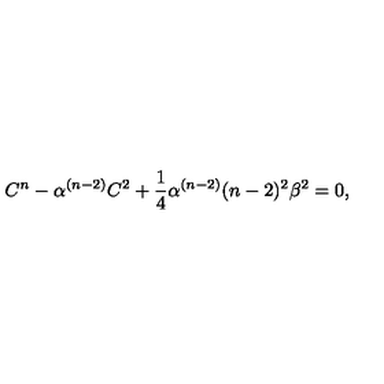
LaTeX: C ^ { n } - \alpha ^ { ( n - 2 ) } C ^ { 2 } + \frac { 1 } { 4 } \alpha ^ { ( n - 2 ) } ( n - 2 ) ^ { 2 } \beta ^ { 2 } = 0 ,